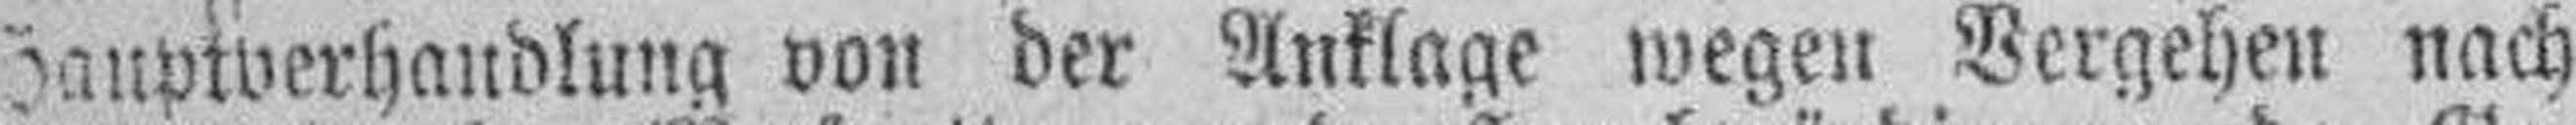
Hauptverhandlung von der Anklage wegen Vergehen nach